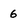
Character: 6